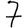
Digit: 7